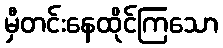
မှီတင်းနေထိုင်ကြသော